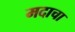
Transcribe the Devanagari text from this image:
मदाचा